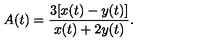
A ( t ) = \frac { 3 [ x ( t ) - y ( t ) ] } { x ( t ) + 2 y ( t ) } .